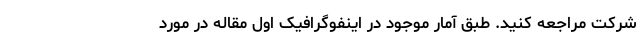
شرکت مراجعه کنید. طبق آمار موجود در اینفوگرافیک اول مقاله در مورد